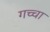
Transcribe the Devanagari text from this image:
गच्चा